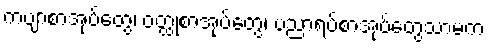
ကဗျာစာအုပ်တွေ၊ ဝတ္ထုစာအုပ်တွေ၊ ပညာရပ်စာအုပ်တွေသာမက